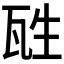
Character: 𤬸